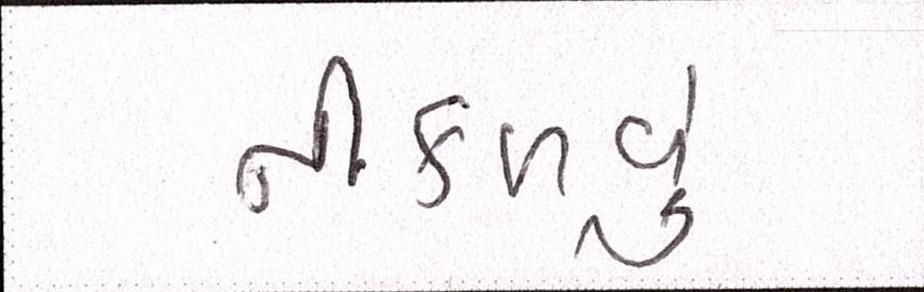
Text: નીકળવું